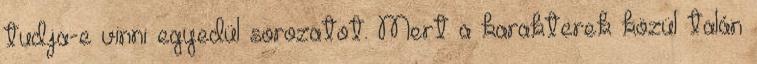
tudja-e vinni egyedül sorozatot. Mert a karakterek közül talán